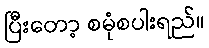
ပြီးတော့ စမုံစပါးရည်။